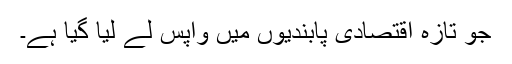
جو تازہ اقتصادی پابندیوں میں واپس لے لیا گیا ہے۔